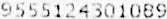
9555124301089